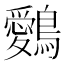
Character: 𪇈